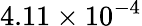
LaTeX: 4.11\times 10^{-4}